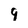
Character: 9